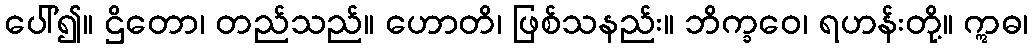
ပေါ်၍။ ဌိတော၊ တည်သည်။ ဟောတိ၊ ဖြစ်သနည်း။ ဘိက္ခဝေ၊ ရဟန်းတို့။ ဣဓ၊